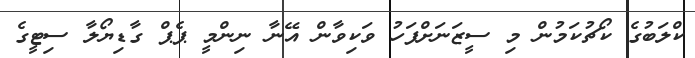
ކްލަބުގެ ކޯޗުކަމުން މި ސީޒަނަށްފަހު ވަކިވާން އޭނާ ނިންމީ ޕެޕް ގާޑިޔޯލާ ސިޓީގެ